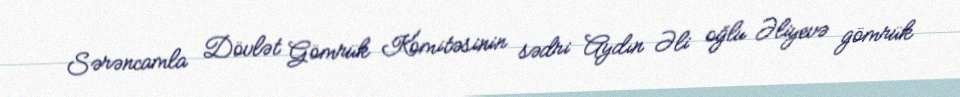
Sərəncamla Dövlət Gömrük Komitəsinin sədri Aydın Əli oğlu Əliyevə gömrük